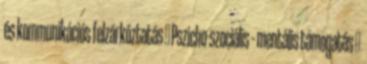
és kommunikációs felzárkóztatás  Pszicho-szociális – mentális támogatás 